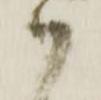
御